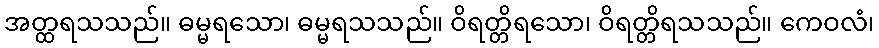
အတ္ထရသသည်။ ဓမ္မရသော၊ ဓမ္မရသသည်။ ဝိရတ္တိရသော၊ ဝိရတ္တိရသသည်။ ကေဝလံ၊